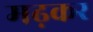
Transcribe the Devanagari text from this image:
मढ़कर